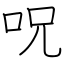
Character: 呪